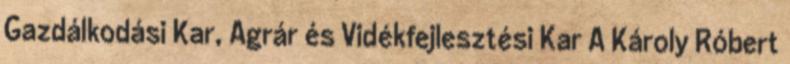
Gazdálkodási Kar, Agrár és Vidékfejlesztési Kar A Károly Róbert